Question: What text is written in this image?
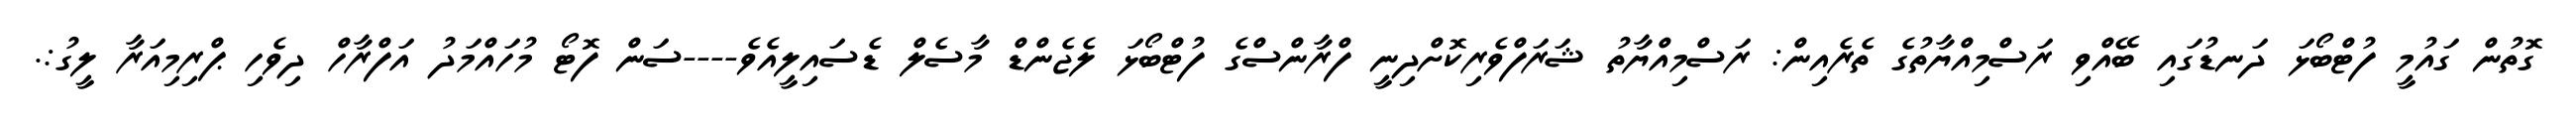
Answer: ގޮތުން ގައުމީ ފުޓްބޯޅަ ދަނޑުގައި ބޭއްވި ރަސްމިއްޔާތުގެ ތެރެއިން: ރަސްމިއްޔާތު ޝަރަފްވެރިކޮށްދިނީ ފްރާންސްގެ ފުޓްބޯޅަ ލެޖެންޑް މާސެލް ޑެސައިލީއެވެ----ސަން ފޮޓޯ މުހައްމަދު އަފްރާހް ދިވެހި ޕްރިމިއަރާ ލީގު:.